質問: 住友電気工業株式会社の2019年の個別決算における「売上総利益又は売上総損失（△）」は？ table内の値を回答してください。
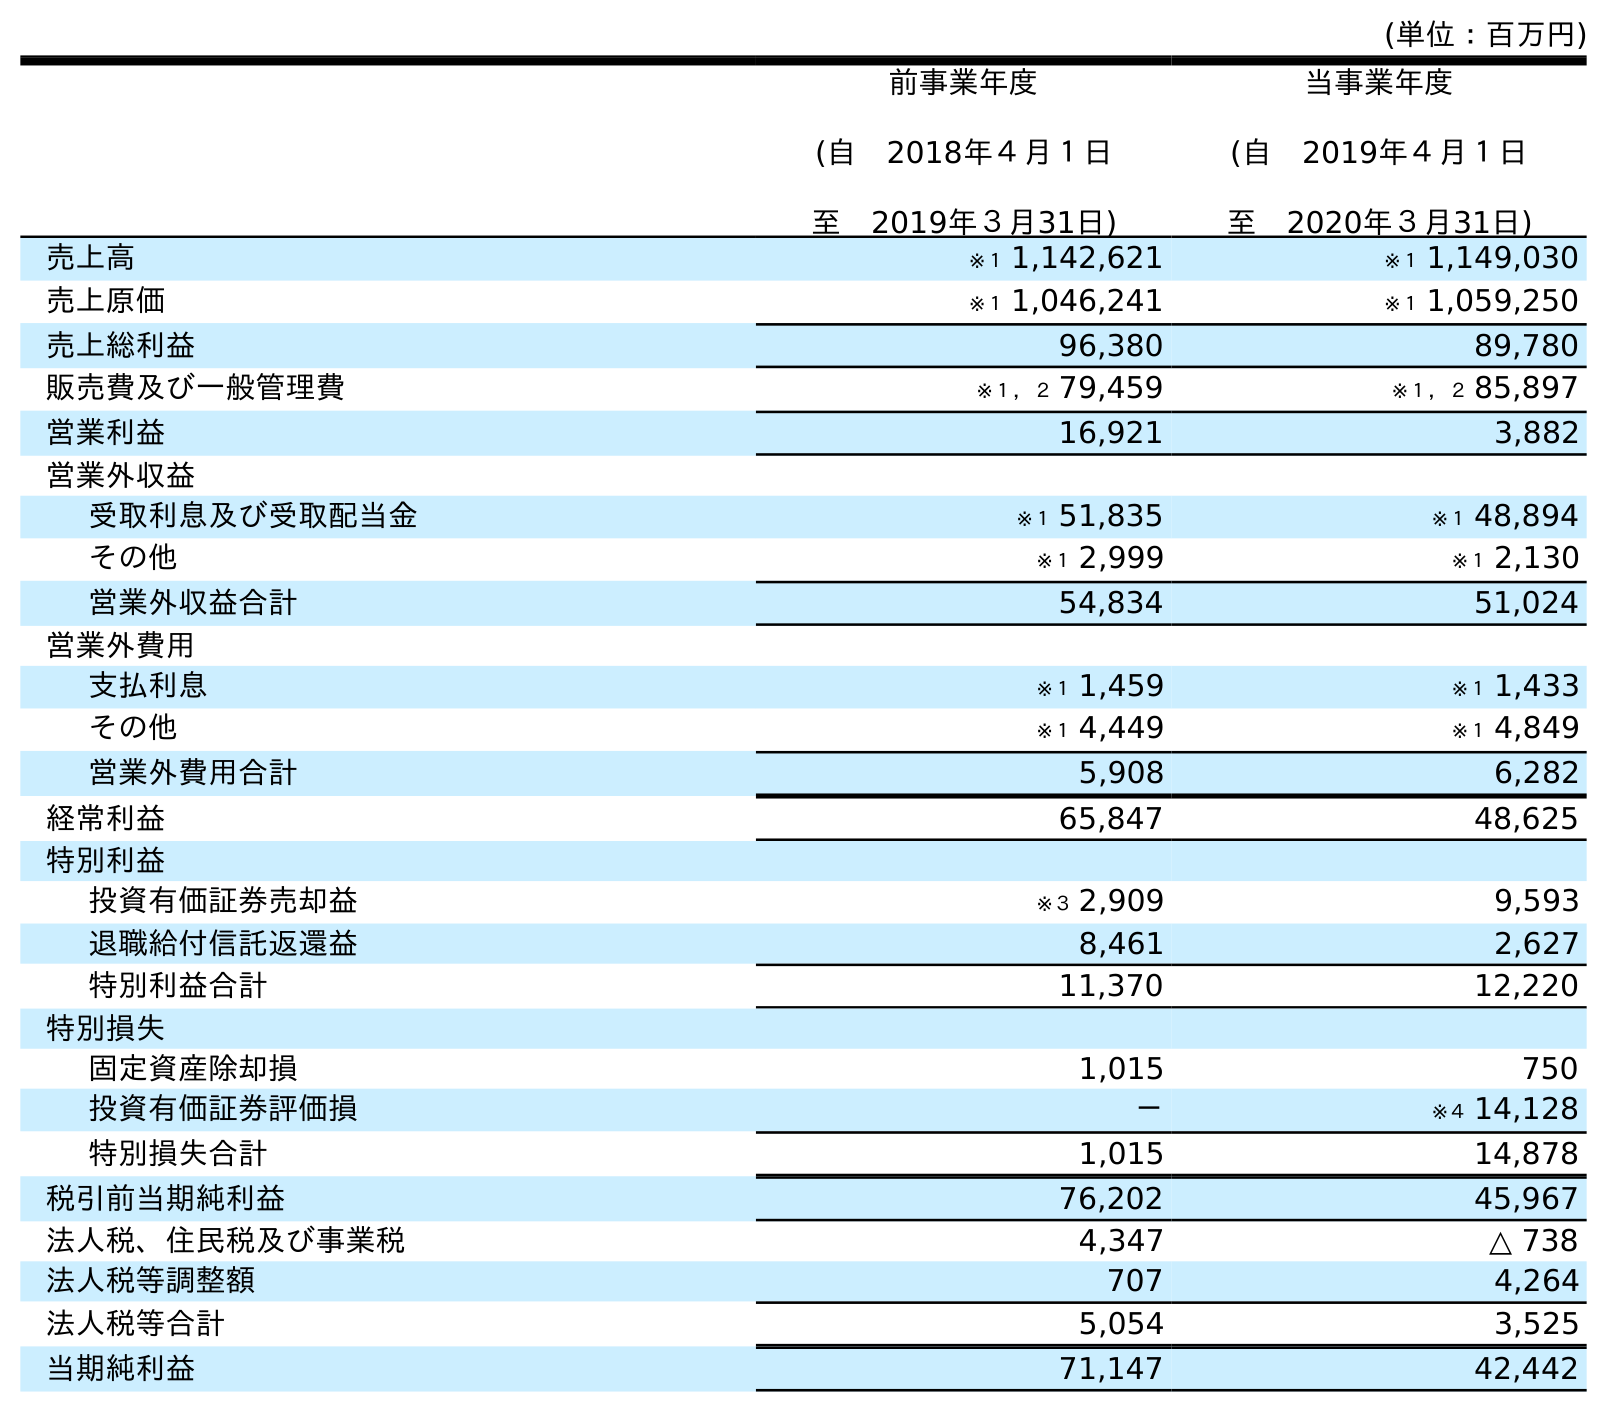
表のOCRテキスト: (単位：百万円) 前事業年度 (自 2018年４月１日 至 2019年３月31日) 当事業年度 (自 2019年４月１日 至 2020年３月31日) 売上高 ※１ 1,142,621 ※１ 1,149,030 売上原価 ※１ 1,046,241 ※１ 1,059,250 売上総利益 96,380 89,780 販売費及び一般管理費 ※１，２ 79,459 ※１，２ 85,897 営業利益 16,921 3,882 営業外収益 受取利息及び受取配当金 ※１ 51,835 ※１ 48,894 その他 ※１ 2,999 ※１ 2,130 営業外収益合計 54,834 51,024 営業外費用 支払利息 ※１ 1,459 ※１ 1,433 その他 ※１ 4,449 ※１ 4,849 営業外費用合計 5,908 6,282 経常利益 65,847 48,625 特別利益 投資有価証券売却益 ※３ 2,909 9,593 退職給付信託返還益 8,461 2,627 特別利益合計 11,370 12,220 特別損失 固定資産除却損 1,015 750 投資有価証券評価損 － ※４ 14,128 特別損失合計 1,015 14,878 税引前当期純利益 76,202 45,967 法人税、住民税及び事業税 4,347 △ 738 法人税等調整額 707 4,264 法人税等合計 5,054 3,525 当期純利益 71,147 42,442
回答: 96,380